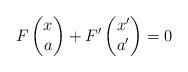
LaTeX: \begin{align*}F \begin{pmatrix} x \\ a \end{pmatrix} + F' \begin{pmatrix} x' \\ a' \end{pmatrix} = 0\end{align*}